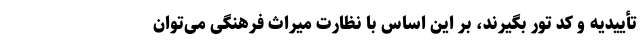
تأییدیه و کد تور بگیرند، بر این اساس با نظارت میراث فرهنگی می‌توان